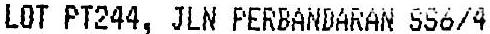
LOT PT244, JLN PERBANDARAN SS6/4